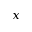
x